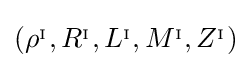
\left(\rho ^{_{\mathrm {I} }},R^{_{\mathrm {I} }},L^{_{\mathrm {I} }},M^{_{\mathrm {I} }},Z^{_{\mathrm {I} }}\right)